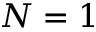
N = 1